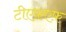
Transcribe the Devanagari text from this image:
टीएफ़एफ़